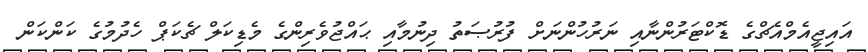
އައިޖީއެމްއެޗްގެ ޑޮކްޓަރުންނާއި ނަރުހުންނަށް ފުރުޞަތު ދިނުމާއި ޙައްޖުވެރިންގެ މެޑިކަލް ޗެކަޕް ހެދުމުގެ ކަންކަން